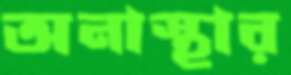
অনাস্থার